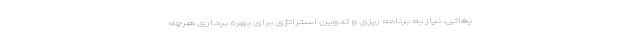
یغاتی، نیاز به برنامه ریزی و تدوین استراتژی برای بهره برداری هرچه